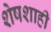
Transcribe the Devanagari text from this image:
शेषशाही